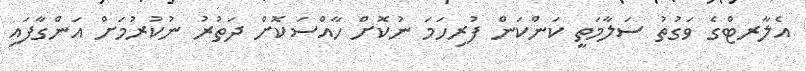
އެލާރޓްގެ ވަގުތު ސަލާމަތީ ކަންކަން ފުރިހަމަ ނުކޮށް ހާއްސަކޮށް ދަތުރު ނުކުރުމަށް އަންގާފައި